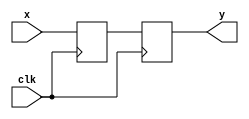
//=======================================================
//  Synchronise the input signal
//=======================================================
module Synchroniser(clk, x, y);
	parameter n = 1;
	input clk;
	input [n-1:0] x;
	output reg [n-1:0] y = 0;
	
	reg [n-1:0] buff;
	always @(posedge clk) begin
		buff <= x;
		y <= buff;
	end
endmodule

//=======================================================
//  Debounce the input signal
//=======================================================
module Debounce(input clk, x, output reg y = 0);
	localparam millisecond = 50000; //  1ms/(1/50M)
	localparam period = 30*millisecond-1;
	localparam size = $clog2(period);
	
	reg [size-1:0] cnt = 0;
	wire x_syn;
	Synchroniser sync(.clk(clk), .x(x), .y(x_syn));

	// State memory
	always @(posedge clk) begin
		cnt = ((y == x_syn)|(cnt == period)) ? 1'b0 : cnt + 1'b1;
	end
	
	// Transition and output logic
	always @(posedge clk) begin
		if (cnt == period) y <= !y;
	end
endmodule

//=======================================================
//  Display an 8-bit signed number in 2's complement
//=======================================================
module Disp2cNum(input enable, input signed [7:0]x, output [6:0]H0, H1, H2, H3);
	wire neg = (x < 0);
	wire [7:0] ux = neg ? -x : x;
	wire [7:0] xo0, xo1, xo2, xo3;
	wire eno0, eno1, eno2, eno3;
	
	// Create four instances of DispDec.
    DispDec dd0(.x(ux), .neg(neg), .enable(enable), .xo(xo0), .eno(eno0), .segs(H0));
    DispDec dd1(.x(xo0), .neg(neg), .enable(eno0), .xo(xo1), .eno(eno1), .segs(H1));
    DispDec dd2(.x(xo1), .neg(neg), .enable(eno1), .xo(xo2), .eno(eno2), .segs(H2));
    DispDec dd3(.x(xo2), .neg(neg), .enable(eno2), .xo(xo3), .eno(eno3), .segs(H3));
endmodule

//=======================================================
//  Display an 8-bit number in decimal
//=======================================================
module DispDec(input [7:0] x, input neg, enable, output reg [7:0] xo, output reg eno, 
					output [6:0] segs);
	wire [3:0] digit = x % 10;  // the remainder after dividing by 10
	wire n = (neg) && (x == 0);  // if display a negative sign
	SSeg converter(digit, n, enable, segs);
	always @(*) begin
		xo = x / 10;
		eno = (enable != 0) & ((xo != 0) | ((neg)&&(x != 0)));  // digit or neg sign
	end
endmodule

//=======================================================
//  Display an 8-bit number in hexadecimal
//=======================================================
module DispHex(input [7:0]x, output [6:0]H0, H1);
	SSeg disp0(.bin(x[3:0]), .neg(1'b0), .enable(1'b1), .segs(H0));
   SSeg disp1(.bin(x[7:4]), .neg(1'b0), .enable(1'b1), .segs(H1));
endmodule

//=======================================================
//  Display on a 7-segment Display
//======================================================= 
module SSeg(input [3:0] bin, input neg, input enable, output reg [6:0] segs);
	always @(*)
		if (enable) begin
			if (neg) segs = 7'b011_1111;
			else begin
				case (bin)
					0: segs = 7'b100_0000;
					1: segs = 7'b111_1001;
					2: segs = 7'b010_0100;
					3: segs = 7'b011_0000;
					4: segs = 7'b001_1001;
					5: segs = 7'b001_0010;
					6: segs = 7'b000_0010;
					7: segs = 7'b111_1000;
					8: segs = 7'b000_0000;
					9: segs = 7'b001_1000;
					10: segs = 7'b000_1000;
					11: segs = 7'b000_0011;
					12: segs = 7'b100_0110;
					13: segs = 7'b010_0001;
					14: segs = 7'b000_0110;
					15: segs = 7'b000_1110;
				endcase
			end
		end
		else segs = 7'b111_1111;
endmodule

/////////////////// Step 2 of Stage 12 //////////////////
//=======================================================
//  Detect a falling edge
//=======================================================
module DetectFallingEdge(input clk, x, output y);
    reg buff;
	 
    always @(posedge clk) begin
        buff <= x;
    end
	 
	 assign y = buff && ~x; 
endmodule